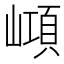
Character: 𡼔